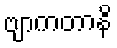
ဗျာကတာနိ